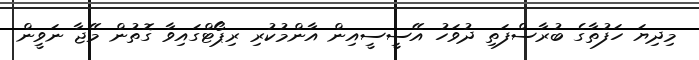
މިދިޔަ ހަފުތާގެ ބުރާސްފަތި ދުވަހު އޭސީސީއިން އާންމުކުރި ރިޕޯޓްގައިވާ ގޮތުން މޭޖާ ނަވީން